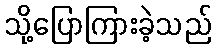
သို့ပြောကြားခဲ့သည်